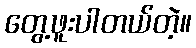
တွေ့ဖူးပါတယ်တဲ့။